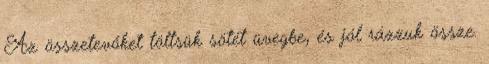
Az összetevőket töltsük sötét üvegbe, és jól rázzuk össze.